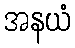
အနယံ